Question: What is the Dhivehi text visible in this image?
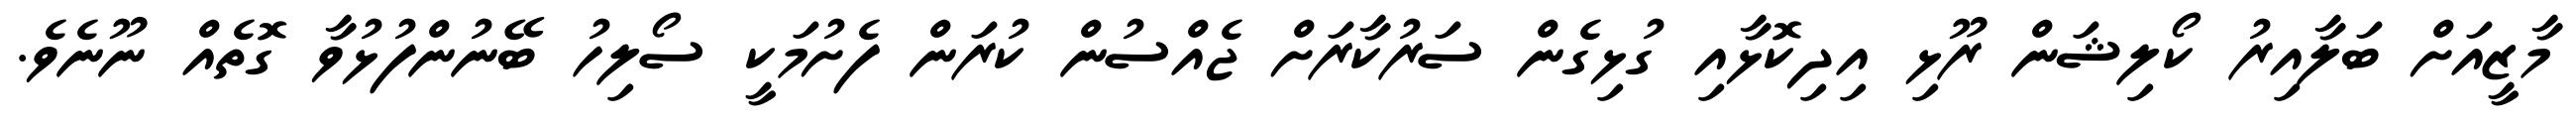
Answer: މާޒީއަށް ބަލާއިރު ކޯލިޝަން ރޫޅި އިދިކޮޅާއި ގުޅިގެން ސަރުކާރަށް ޖެއްސުން ކުރަން ފެށުމަކީ ސޯލިހު ބޭނުންފުޅުވާ ގޮތެއް ނޫނެވެ.